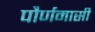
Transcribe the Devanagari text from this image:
पौर्णमासी